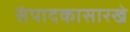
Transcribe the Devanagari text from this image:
संपादकासारखे